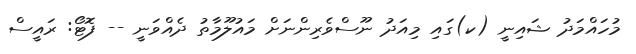
މުހައްމަދު ޝައިނީ (ކ)ގައި މިއަދު ނޫސްވެރިންނަށް މައުލޫމާތު ދެއްވަނީ -- ފޮޓޯ: ރައީސް